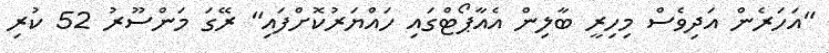
"އަހަރެން އަދިވެސް މިހިރީ ބާލިން އެއާޕޯޓްގައި ހައްޔަރުކޮށްފައި" ރޭގަ މަންސޫރު 52 ކުރި